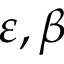
\varepsilon , \beta